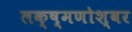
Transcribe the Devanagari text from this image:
लक्ष्मणोश्वर